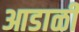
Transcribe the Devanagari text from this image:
आडाळी